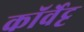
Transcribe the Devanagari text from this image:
कॉर्वेट्ट